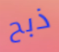
ذبح